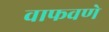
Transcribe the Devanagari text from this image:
वाफवणे